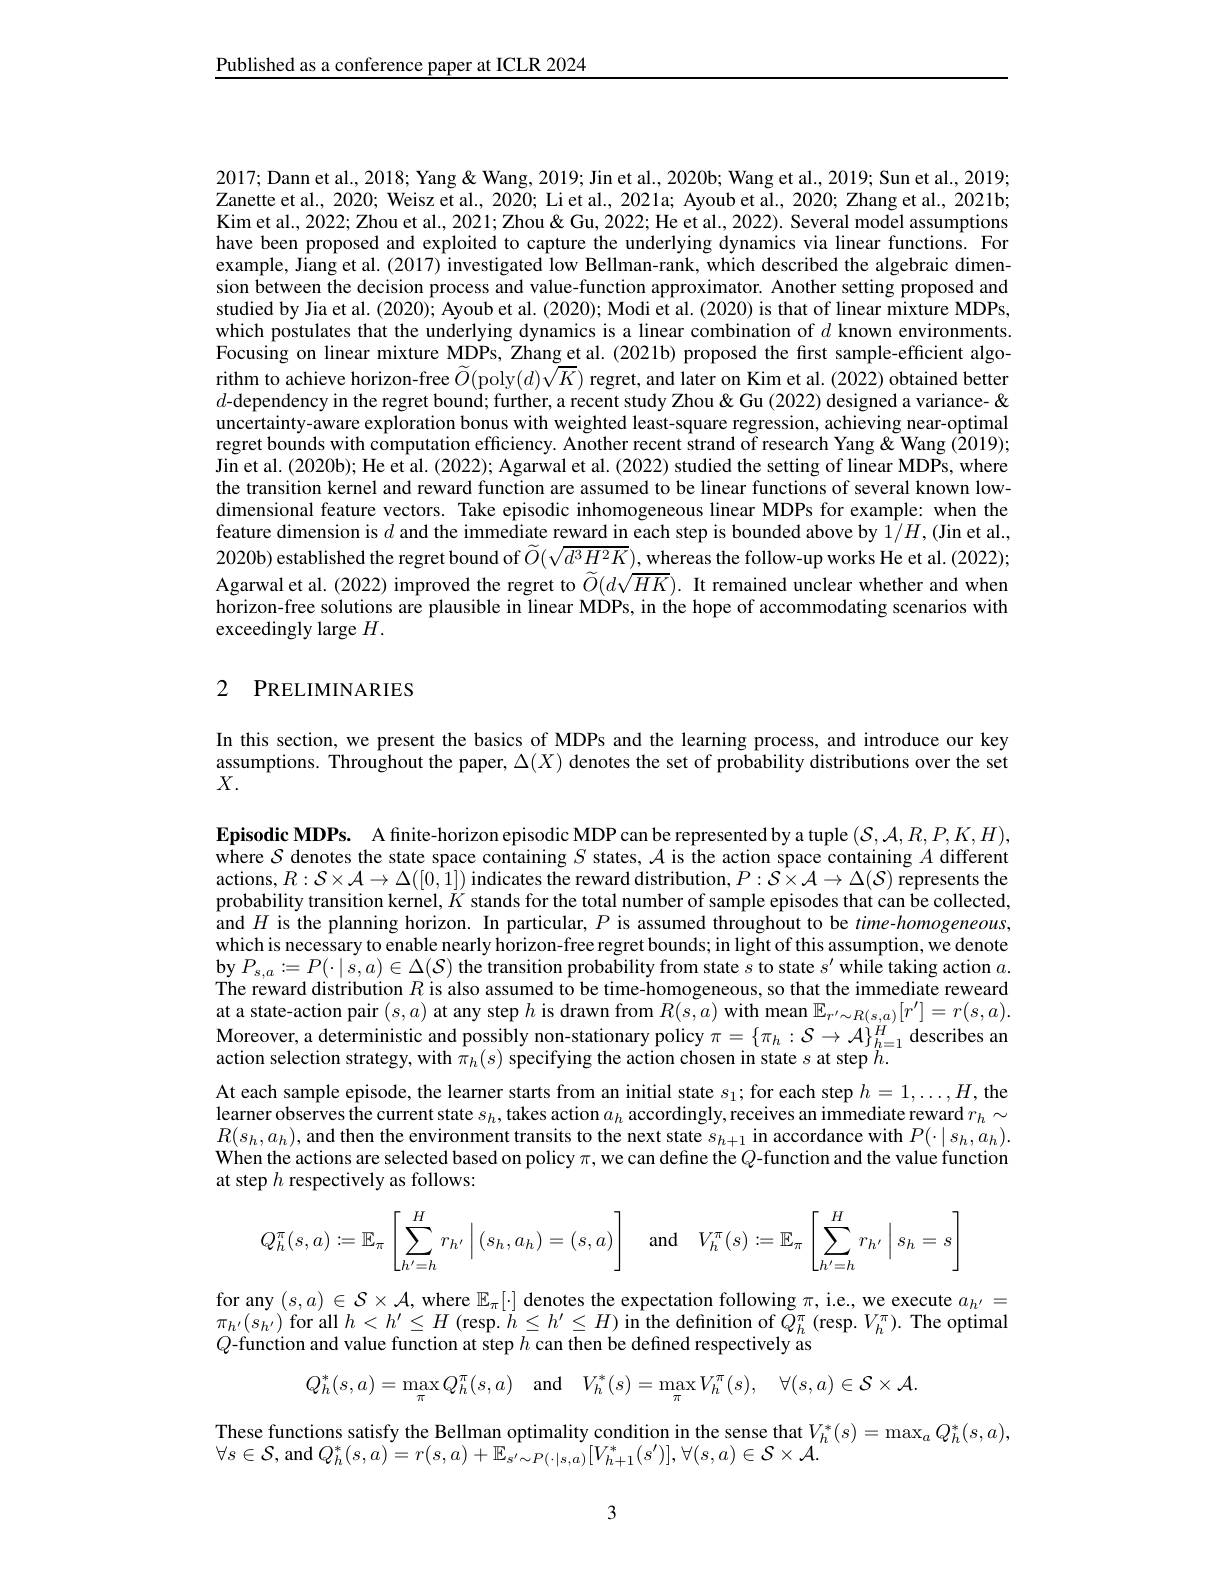
Published as a conference paper at ICLR 2024

2017; Dann et al., 2018; Yang & Wang, 2019; Jin et al., 2020b; Wang et al., 2019; Sun et al., 2019; Zanette et al., 2020; Weisz et al., 2020; Li et al., 2021a; Ayoub et al., 2020; Zhang et al., 2021b; Kim et al. , 2022; Zhou et al. , 2021; Zhou $\ $Gu, 2022; He et al. , 2022) . Several model assumptions Kim et al. , 20222; Zhou et al. , 2021; Zhou $\ $Gu, 20222; He et al. , 20222) . Several model assumptions have been proposed and exploited to capture the underlying dynamics via linear functions. For example, Jiang et al. (2017) investigated low Bellman-rank, which described the algebraic dimension between the decision process and value-function approximator. Another setting proposed and studied by Jia et al. (2020); Ayoub et al. (2020); Modi et al. (2020) is that of linear mixture MDPs, which postulates that the underlying dynamics is a linear combination of $d$ known environments. Focusing on linear mixture MDPs, Zhang et al. (2021b) proposed the first sample-efficient algorithm to achieve horizon-free $\widetilde O($poly$(d)\tilde{\sqrt{K}})$ regret, and later on Kim et al. (2022) obtained better $d$-dependency in the regret bound; further, a recent study Zhou& Gu (2022) designed a variance- & uncertainty-aware exploration bonus with weighted least-square regression, achieving near-optimal regret bounds with computation efficiency. Another recent strand of research Yang &Wang (2019); Jin et al. (2020b); He et al. (2022); Agarwal et al. (2022) studied the setting of linear MDPs, where the transition kernel and reward function are assumed to be linear functions of several known lowdimensional feature vectors. Take episodic inhomogeneous linear MDPs for example: when the feature dimension is $d$ and the immediate reward in each step is bounded above by $1/H,($Jin et al., 2020b) established the regret bound of $\widetilde{O}(\sqrt{d^3H^2K})$, whereas the follow-up works He et al. (2022); Agarwal et al. (2022) improved the regret to $\widetilde{O}(d\sqrt{HK}).$ It remained unclear whether and when horizon-free solutions are plausible in linear MDPs, in the hope of accommodating scenarios with exceedingly large $H.$

### 2 PRELIMINARIES

In this section, we present the basics of MDPs and the learning process, and introduce our key assumptions. Throughout the paper, $\Delta(X)$ denotes the set of probability distributions over the set $X.$

Episodic MDPs. A finite-horizon episodic MDP can be represented by a tuple $(\mathcal{S},\mathcal{A},R,P,K,H)$, where $S$ denotes the state space containing $S$ states, $\mathcal{A}$ is the action space containing $A$ different actions, $R:\mathcal{S}\times\mathcal{A}\to\Delta([0,1])$ indicates the reward distribution, $P:\mathcal{S}\times\mathcal{A}\to\Delta(\mathcal{S})$ represents the probability transition kernel, $K$ stands for the total number of sample episodes that can be collected and $H$ is the planning horizon. In particular, $P$ is assumed throughout to be time-homogeneous, which is necessary to enable nearly horizon-free regret bounds; in light of this assumption, we denote $\operatorname{by}P_{s,a}:=P(\cdot|s,a)\in\Delta(\mathcal{S})$ the transition probability from state $s^\prime$ while taking action $a.$ The reward distribution $R$ is also assumed to be time-homogeneous, so that the immediate reweard at a state-action pair $(s,a)$ at any step $h$ is drawn from $R(s,a)$ with mean $\mathbb{E}_r^{\prime}\sim R(s,a)[r^{\prime}]=r(s,a).$ Moreover, a deterministic and possibly non- stationary policy $\pi = \{ \pi _{h}: \mathcal{S} \to \mathcal{A} \} _{h= 1}^{H}$ describes an action selection strategy, with $\pi _{h}( s)$ specifying the action chosen in state $s$ at step $h.$ At each sample episode, the learner starts from an initial state $s_1;$ for each step $h=1,\ldots,H$, the learner observes the current state $s_{h}$,takes action $a_{h}$ accordingly, receives an immediate reward $r_{h}\sim$ Prer observes the current state $s_{h}$,takes action $a_{h}$ accordingly, receives an immediate reward $r_{h}\sim$ $R(s_{h},a_{h})$,and then the environment transits to the next state $s_h+1$ in accordance with $P(\cdot\mid s_{h},a_{h}).$ When the actions are selected based on policy $\pi$,we can define the $Q$-function and the value function at step $h$ respectively as follows:
$$Q_{h}^{\pi}(s,a):=\mathbb{E}_{\pi}\left[\sum\limits_{h'=h}^{H}r_{h'}\left|(s_{h},a_{h})=(s,a)\right]\quad\text{and}\quad V_{h}^{\pi}(s):=\mathbb{E}_{\pi}\left[\sum\limits_{h'=h}^{H}r_{h'}\left|s_{h}=s\right.\right]\right.$$
for any $(s,a)\in\mathcal{S}\times\mathcal{A}$,where $\mathbb{E}_\pi[\cdot]$ denotes the expectation following $\pi$, i.e., we execute $a_h^{\prime}=$ $\pi_{h^{\prime}}(s_{h^{\prime}})$for all $h<h^{\prime}\leq H$ (resp. $h\leq h^{\prime}\leq H)$ in the definition of $\tilde Q_h^{\pi}($resp.$V_h^{\pi}).$ The optimal $Q$-function and value function at step $h$ can then be defined respectively as
$$Q_{h}^{*}(s,a)=\operatorname*{max}_{\pi}Q_{h}^{\pi}(s,a)\quad\mathrm{and}\quad V_{h}^{*}(s)=\operatorname*{max}_{\pi}V_{h}^{\pi}(s),\quad\forall(s,a)\in\mathcal{S}\times\mathcal{A}.$$
These functions satisfy the Bellman optimality condition in the sense that $V_h^*(s)=\max_aQ_h^*(s,a)$,
$\forall s\in\mathcal{S}$, and $Q_h^*(s,a)=r(s,a)+\mathbb{E}_{s^{\prime}\sim P(\cdot|s,a)}[V_{h+1}^*(s^{\prime})],\forall(s,a)\in\mathcal{S}\times\mathcal{A}.$

3